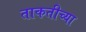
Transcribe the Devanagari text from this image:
ताकतीच्या